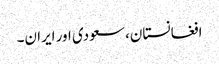
افغانستان، سعودی اور ایران۔